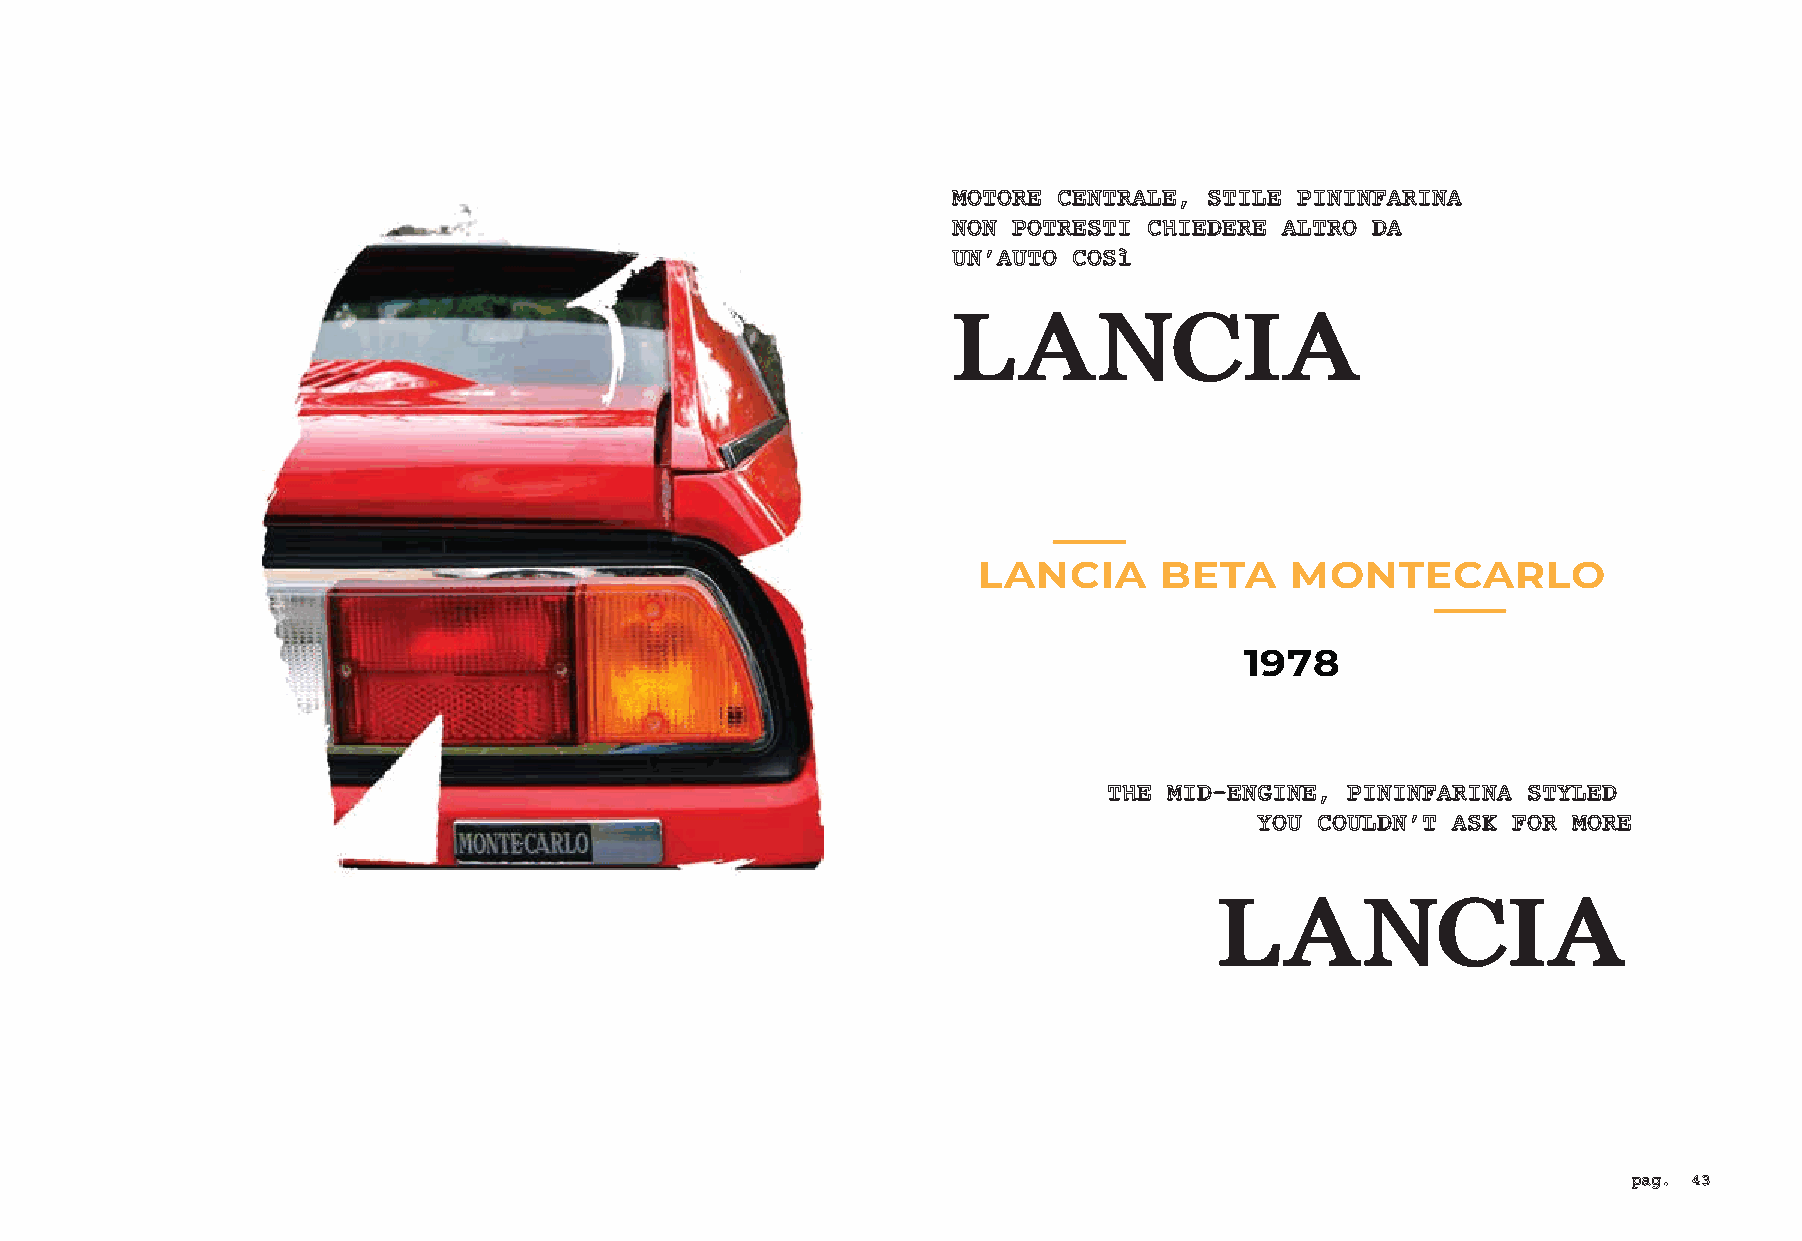
MOTORE CENTRALE, STILE PININFARINA
 NON POTRESTI CHIEDERE ALTRO DA
 UN’AUTO COSì
 LANCIA
 LANCIA      BETA    MONTECARLO
 1978
 THE MID-ENGINE, PININFARINA STYLED
 YOU COULDN’T ASK FOR MORE
 LANCIA
 pag. 43